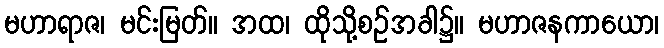
မဟာရာဇ၊ မင်းမြတ်။ အထ၊ ထိုသို့စဉ်အခါ၌။ မဟာဇနကာယော၊